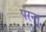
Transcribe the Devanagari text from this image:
परन्तु